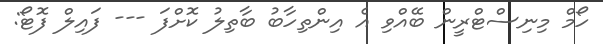
ހޯމް މިނިސްޓްރީން ބޭއްވި އެ އިންތިހާބު ބާތިލު ކޮށްފަ --- ފައިލް ފޮޓޯ: